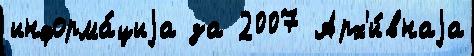
информа́циjа за 2007 Арх'и́внаjа